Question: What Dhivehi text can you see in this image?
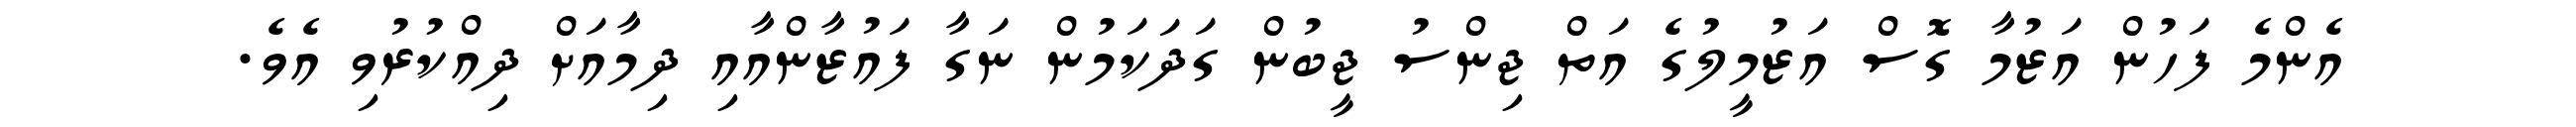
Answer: އެންމެ ފަހުން އަޒުމާ ގޮސް އަޒުމީލުގެ އަތް ޖިންސު ޖީބުން ގަދަކަމުން ނަގާ ފައުޒާންއާއި ދިމާއަށް ދިއްކުރުވި އެވެ.